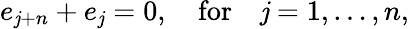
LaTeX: e_{\mathit{j}+n}+e_{\mathit{j}}=0,\mathrm{{\ \ \ ~for~\ \ \ }}\mathit{j}=1,\ldots,n,